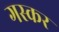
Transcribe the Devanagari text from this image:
गस्कर